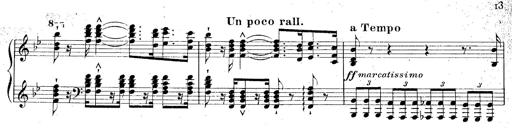
Title: La Marseillaise
Composer: Franz Liszt
Key: B-flat major